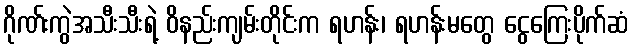
ဂိုဏ်းကွဲအသီးသီးရဲ့ ဝိနည်းကျမ်းတိုင်းက ရဟန်း၊ ရဟန်းမတွေ ငွေကြေးပိုက်ဆံ